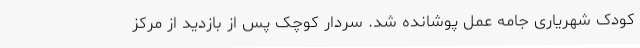
کودک شهریاری جامه عمل پوشانده شد. سردار کوچک پس از بازدید از مرکز